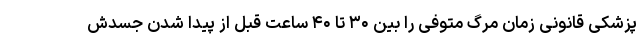
پزشکی قانونی زمان مرگ متوفی را بین ۳۰ تا ۴۰ ساعت قبل از پیدا شدن جسدش